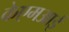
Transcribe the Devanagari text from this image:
केएमआई